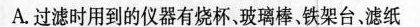
A.过滤时用到的仪器有烧杯、玻璃棒，铁架台，滤纸